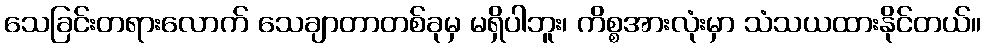
သေခြင်းတရားလောက် သေချာတာတစ်ခုမှ မရှိပါဘူး၊ ကိစ္စအားလုံးမှာ သံသယထားနိုင်တယ်။